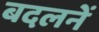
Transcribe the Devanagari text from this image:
बदलनें